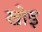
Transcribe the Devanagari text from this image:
खोइ